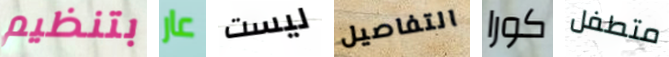
بتنظيم عار ليست التفاصيل كورا متطفل